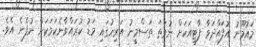
މައުމޫނު އުފައްދަވާ ޕާޓީއަކަށް ނުވަތަ ތަސްމީނު އަރިހުގައި މަޑު ކުރައްވާނެކަމަކަށް ނުފެނެ އެވެ.